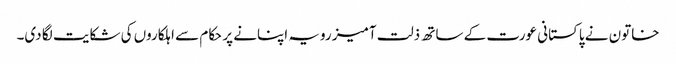
خاتون نے پاکستانی عورت کے ساتھ ذلت آمیز رویہ اپنانے پر حکام سے اہلکاروں کی شکایت لگا دی۔